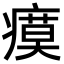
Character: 瘼